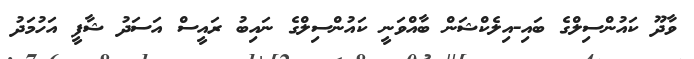
ވާދޫ ކައުންސިލްގެ ބައި-އިލެކްޝަން ބާއްވަނީ ކައުންސިލްގެ ނައިބު ރައީސް އަސަދު ޝާފީ އަހުމަދު